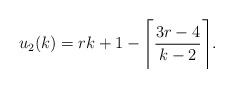
LaTeX: \begin{align*}u_2(k) = rk + 1 - \Bigg{\lceil} \frac{ 3r-4}{k-2} \Bigg{\rceil}.\end{align*}